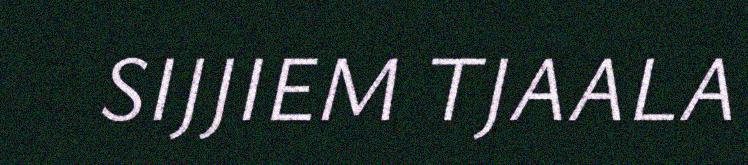
SIJJIEM TJAALA